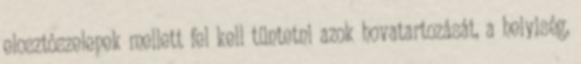
elosztószelepek mellett fel kell tüntetni azok hovatartozását, a helyiség,